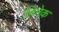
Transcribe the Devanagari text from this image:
लिनेक